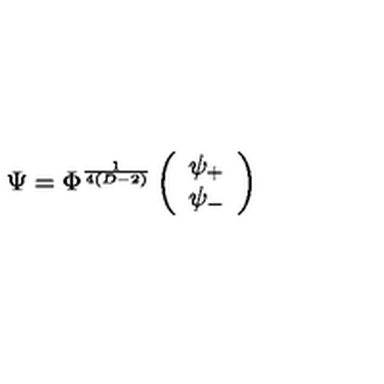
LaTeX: \Psi = \Phi ^ { \frac { 1 } { 4 ( D - 2 ) } } \left( \begin{array} { c } { \psi _ { + } } \\ { \psi _ { - } } \\ \end{array} \right)